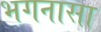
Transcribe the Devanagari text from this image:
भगनासा